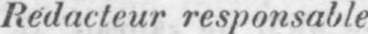
Rédacteur responsable.